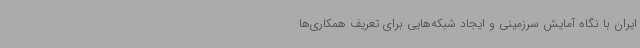
ایران با نگاه آمایش سرزمینی و ایجاد شبکه‌هایی برای تعریف همکاری‌ها